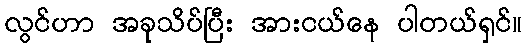
လွင်ဟာ အခုသိပ်ပြီး အားငယ်နေ ပါတယ်ရှင်။